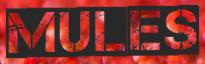
MULES